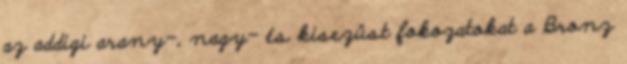
az addigi arany-, nagy- és kisezüst fokozatokat a Bronz